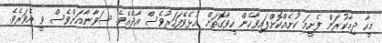
މީހާ ދިމާކުރަން ފެށީމަ ކުށެއްކޮށްފައިވާހެން ހީވާގޮތަށް އުޅެވޭފަހަރުވެސް އާދެއެވެ. ސަވާނާއަށްވެސް ވީ އެވަރެވެ.